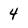
Character: 4